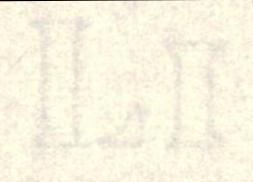
LI